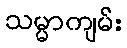
သမ္မာကျမ်း